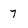
Character: 7